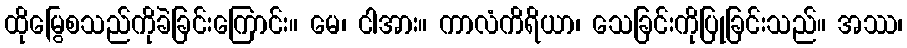
ထိုမြွေစသည်ကိုခဲခြင်းကြောင်း။ မေ၊ ငါအား။ ကာလံကိရိယာ၊ သေခြင်းကိုပြုခြင်းသည်။ အဿ၊